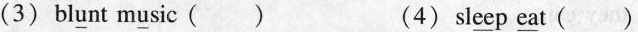
(3) bl\underline{u}nt m\underline{u}sic ( ) (4) sl\underline{ee}p \underline{ea}t ()